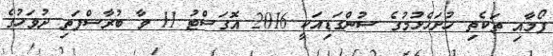
ފޯމާއި ތަކެތި ހުށަހެޅުމުގެ ސުންގަޑިއަކީ 2016 އޮގަސްޓު 11 ވާ ބުރާސްފަތި ދުވަހުގެ